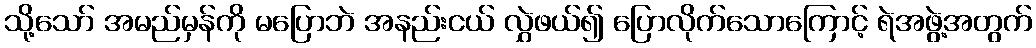
သို့သော် အမည်မှန်ကို မပြောဘဲ အနည်းငယ် လွှဲဖယ်၍ ပြောလိုက်သောကြောင့် ရဲအဖွဲ့အတွက်